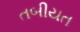
તબીયત